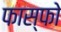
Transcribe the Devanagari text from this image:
फास्‍फो